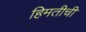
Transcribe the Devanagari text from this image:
हिमतीची